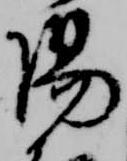
陽